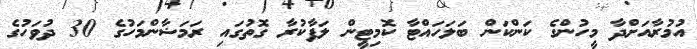
އުމުރާއަށްދާ މީހުންގެ ކަންކަން ބަލަަހައްޓާ ކޮމިޓީން ލަފާކުރާ ގޮތުގައި ރަމަޟާންމަހުގެ 30 ދުވަހުގެ